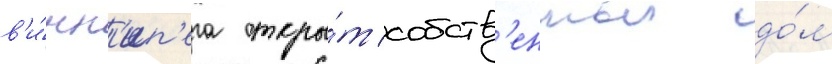
в'и́нн'ип'ега откры́т собств'енныи до́м